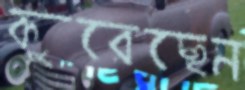
কুরেছেন